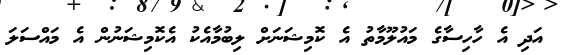
އަދި އެ ހާހިސާގެ މައުލޫމާތު އެ ކޮމިޝަނަށް ލިބުމާއެކު އެކޮމިޝަނުން އެ މައްސަލަ